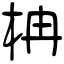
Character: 柟